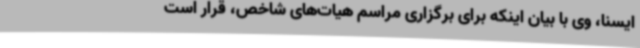
ایسنا، وی با بیان اینکه برای برگزاری مراسم هیات‌های شاخص، قرار است